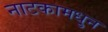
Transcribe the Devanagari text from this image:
नाटकामधु्न